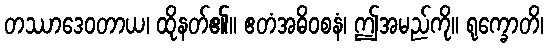
တဿာဒေဝတာယ၊ ထိုနတ်၏။ ဧတံအဓိဝစနံ၊ ဤအမည်ကို။ ရုက္ခောတိ၊